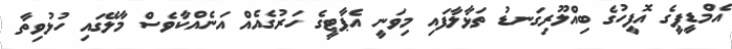
އެމްޑީޕީގެ އޮފީހުގެ ބިއްލޫރިގަނޑު ތަޅާލާފައި މިވަނީ އެޕާޓީގެ ހަރުގެއެއް އަނެއްކާވެސް މާލޭގައި ހުޅުވިތާ